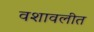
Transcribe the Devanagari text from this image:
वशावलीत